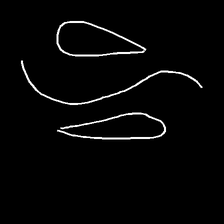
Glyph: water